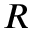
{ R }